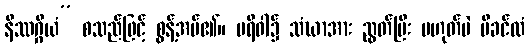
နိဿဂ္ဂိယံ” စသည်ဖြင့် စွန့်အပ်၏။ ပရိဝါ၌ သံဃာအား ညွတ်ပြီး မဟုတ်ပဲ မိခင်ထံ